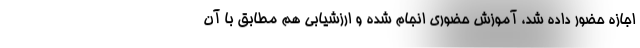
اجازه حضور داده شد، آموزش حضوری انجام شده و ارزشیابی هم مطابق با آن